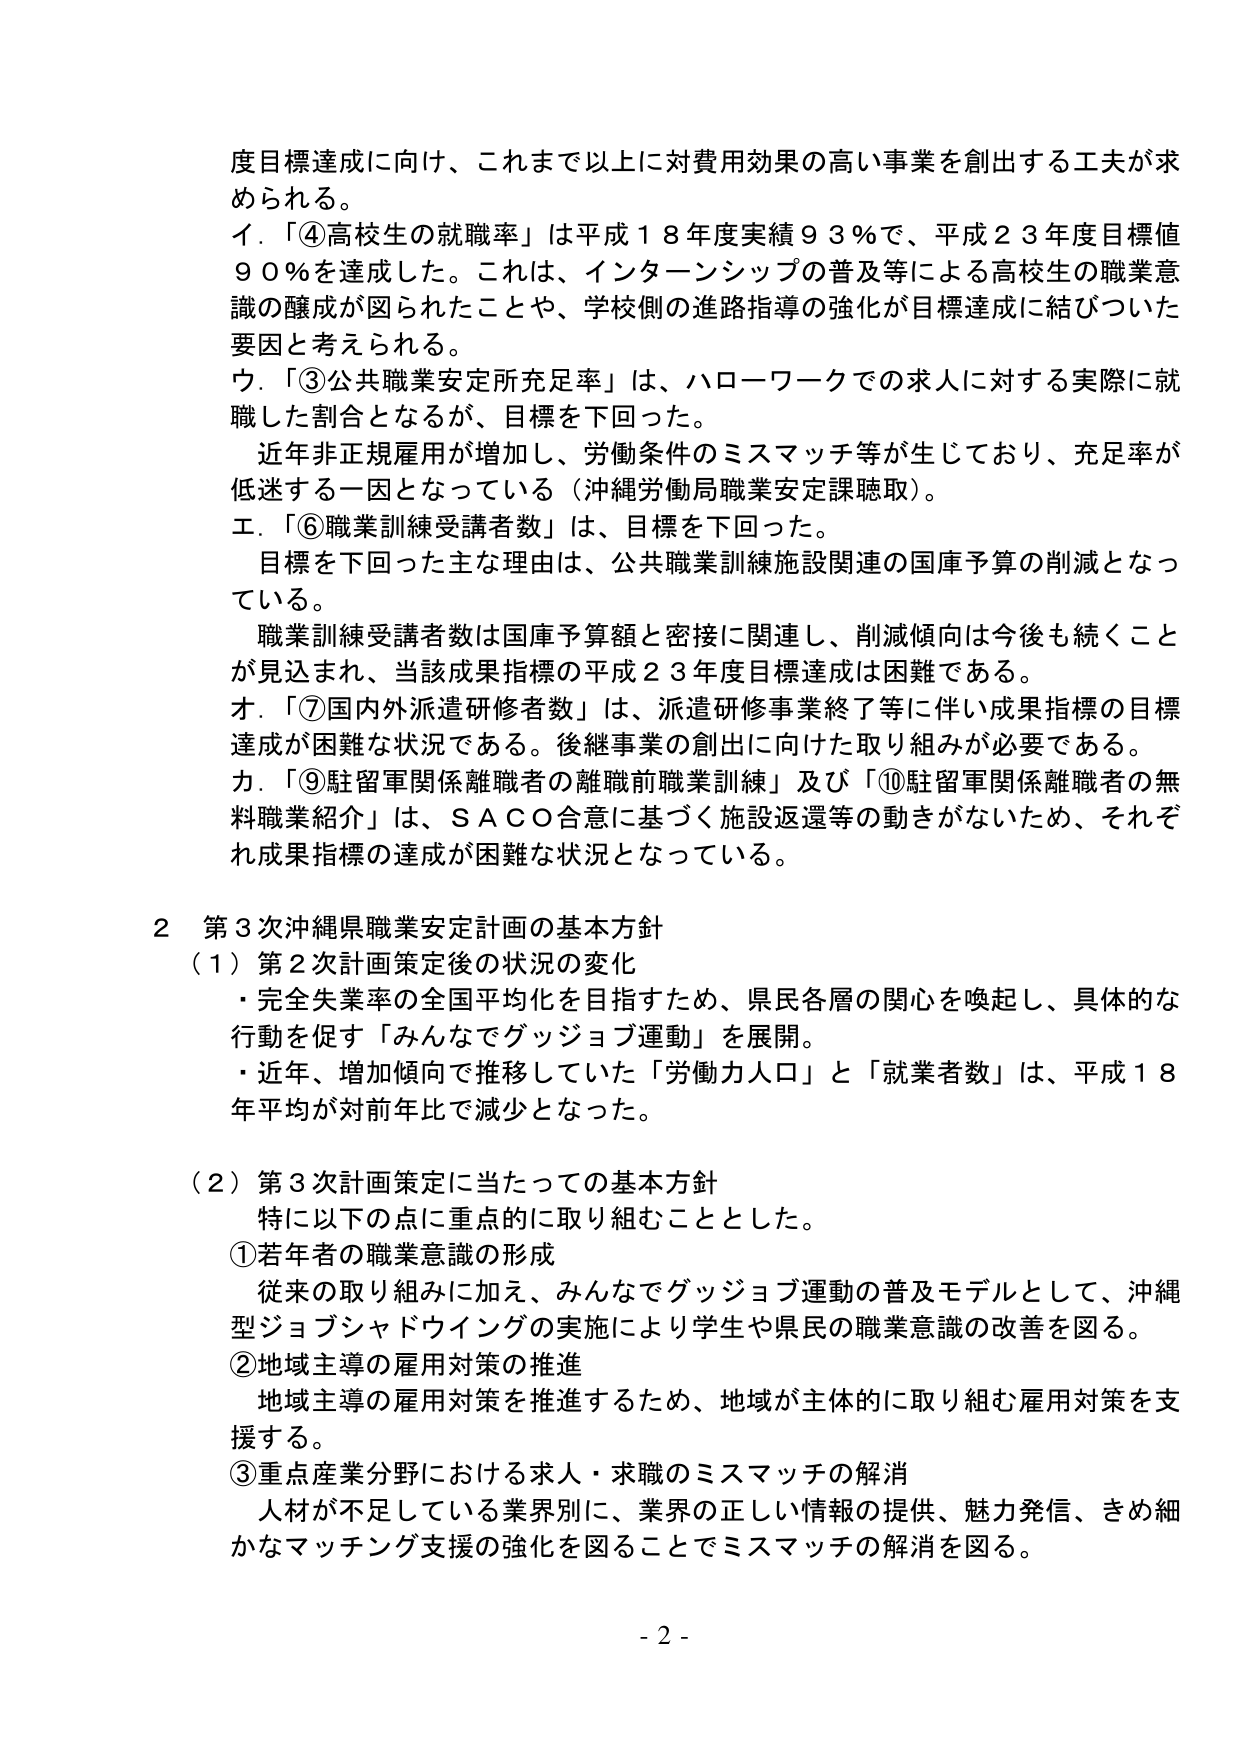
度目標達成に向け、これまで以上に対費用効果の高い事業を創出する工夫が求められる。

イ．「④高校生の就職率」は平成１８年度実績９３％で、平成２３年度目標値９０％を達成した。これは、インターンシップの普及等による高校生の職業意識の醸成が図られたことや、学校側の進路指導の強化が目標達成に結びついた要因と考えられる。

ウ．「③公共職業安定所充足率」は、ハローワークでの求人に対する実際に就職した割合となるが、目標を下回った。

　近年非正規雇用が増加し、労働条件のミスマッチ等が生じており、充足率が低迷する一因となっている（沖縄労働局職業安定課聴取）。

エ．「⑥職業訓練受講者数」は、目標を下回った。

　目標を下回った主な理由は、公共職業訓練施設関連の国庫予算の削減となっている。

　職業訓練受講者数は国庫予算額と密接に関連し、削減傾向は今後も続くことが見込まれ、当該成果指標の平成２３年度目標達成は困難である。

オ．「⑦国内外派遣研修者数」は、派遣研修事業終了等に伴い成果指標の目標達成が困難な状況である。後継事業の創出に向けた取り組みが必要である。

カ．「⑨駐留軍関係離職者の離職前職業訓練」及び「⑩駐留軍関係離職者の無料職業紹介」は、ＳＡＣＯ合意に基づく施設返還等の動きがないため、それぞれ成果指標の達成が困難な状況となっている。

２ 第３次沖縄県職業安定計画の基本方針

（１）第２次計画策定後の状況の変化

　・完全失業率の全国平均化を目指すため、県民各層の関心を喚起し、具体的な行動を促す「みんなでグッジョブ運動」を展開。

　・近年、増加傾向で推移していた「労働力人口」と「就業者数」は、平成１８年平均が対前年比で減少となった。

（２）第３次計画策定に当たっての基本方針

　特に以下の点に重点的に取り組むこととした。

①若年者の職業意識の形成

　従来の取り組みに加え、みんなでグッジョブ運動の普及モデルとして、沖縄型ジョブシャドウイングの実施により学生や県民の職業意識の改善を図る。

②地域主導の雇用対策の推進

　地域主導の雇用対策を推進するため、地域が主体的に取り組む雇用対策を支援する。

③重点産業分野における求人・求職のミスマッチの解消

　人材が不足している業界別に、業界の正しい情報の提供、魅力発信、きめ細かなマッチング支援の強化を図ることでミスマッチの解消を図る。

- 2 -